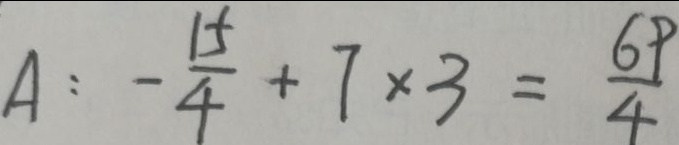
A : - \frac { 1 5 } { 4 } + 7 \times 3 = \frac { 6 9 } { 4 }